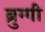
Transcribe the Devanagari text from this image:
ब्रुग्गी